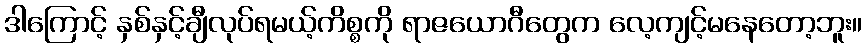
ဒါကြောင့် နှစ်နှင့်ချီလုပ်ရမယ့်ကိစ္စကို ရာဇယောဂီတွေက လေ့ကျင့်မနေတော့ဘူး။